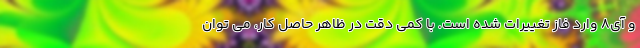
و آی8 وارد فاز تغییرات شده است. با کمی دقت در ظاهر حاصل کار، می توان